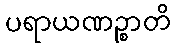
ပရာယဏဉ္စာတိ